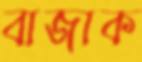
বাজাক